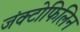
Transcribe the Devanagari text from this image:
जंक्टोफिलिन